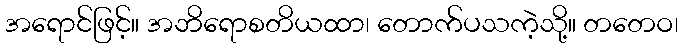
အရောင်ဖြင့်။ အဘိရောစတိယထာ၊ တောက်ပသကဲ့သို့။ တတေဝ၊